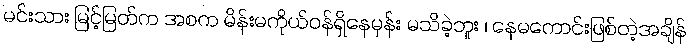
မင်းသား မြင့်မြတ်က အစက မိန်းမကိုယ်ဝန်ရှိနေမှန်း မသိခဲ့ဘူး ၊ နေမကောင်းဖြစ်တဲ့အချိန်